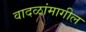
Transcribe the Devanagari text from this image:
वादळांमागील